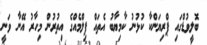
ބޮލީވުޑްގައި ޕްރިޔަންކާ ކުޅުނު ކާމިޔާބު އެތައް ފިލްމެއްގެ އިތުރުން މިހާރު އޭނާ ވަނީ